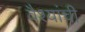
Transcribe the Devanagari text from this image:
वैश्यांची